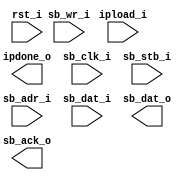
// Verilog netlist produced by program LSE 
// Netlist written on Tue Mar  8 12:19:27 2022
// Source file index table: 
// Object locations will have the form @<file_index>(<first_ line>[<left_column>],<last_line>[<right_column>])
// file 0 "c:/lscc/radiant/3.1/ip/common/adder/rtl/lscc_adder.v"
// file 1 "c:/lscc/radiant/3.1/ip/common/adder_subtractor/rtl/lscc_add_sub.v"
// file 2 "c:/lscc/radiant/3.1/ip/common/complex_mult/rtl/lscc_complex_mult.v"
// file 3 "c:/lscc/radiant/3.1/ip/common/counter/rtl/lscc_cntr.v"
// file 4 "c:/lscc/radiant/3.1/ip/common/fifo/rtl/lscc_fifo.v"
// file 5 "c:/lscc/radiant/3.1/ip/common/fifo_dc/rtl/lscc_fifo_dc.v"
// file 6 "c:/lscc/radiant/3.1/ip/common/mult_accumulate/rtl/lscc_mult_accumulate.v"
// file 7 "c:/lscc/radiant/3.1/ip/common/mult_add_sub/rtl/lscc_mult_add_sub.v"
// file 8 "c:/lscc/radiant/3.1/ip/common/mult_add_sub_sum/rtl/lscc_mult_add_sub_sum.v"
// file 9 "c:/lscc/radiant/3.1/ip/common/multiplier/rtl/lscc_multiplier.v"
// file 10 "c:/lscc/radiant/3.1/ip/common/ram_dp/rtl/lscc_ram_dp.v"
// file 11 "c:/lscc/radiant/3.1/ip/common/ram_dq/rtl/lscc_ram_dq.v"
// file 12 "c:/lscc/radiant/3.1/ip/common/rom/rtl/lscc_rom.v"
// file 13 "c:/lscc/radiant/3.1/ip/common/subtractor/rtl/lscc_subtractor.v"
// file 14 "c:/lscc/radiant/3.1/ip/pmi/pmi_add.v"
// file 15 "c:/lscc/radiant/3.1/ip/pmi/pmi_addsub.v"
// file 16 "c:/lscc/radiant/3.1/ip/pmi/pmi_complex_mult.v"
// file 17 "c:/lscc/radiant/3.1/ip/pmi/pmi_counter.v"
// file 18 "c:/lscc/radiant/3.1/ip/pmi/pmi_dsp.v"
// file 19 "c:/lscc/radiant/3.1/ip/pmi/pmi_fifo.v"
// file 20 "c:/lscc/radiant/3.1/ip/pmi/pmi_fifo_dc.v"
// file 21 "c:/lscc/radiant/3.1/ip/pmi/pmi_mac.v"
// file 22 "c:/lscc/radiant/3.1/ip/pmi/pmi_mult.v"
// file 23 "c:/lscc/radiant/3.1/ip/pmi/pmi_multaddsub.v"
// file 24 "c:/lscc/radiant/3.1/ip/pmi/pmi_multaddsubsum.v"
// file 25 "c:/lscc/radiant/3.1/ip/pmi/pmi_ram_dp.v"
// file 26 "c:/lscc/radiant/3.1/ip/pmi/pmi_ram_dp_be.v"
// file 27 "c:/lscc/radiant/3.1/ip/pmi/pmi_ram_dq.v"
// file 28 "c:/lscc/radiant/3.1/ip/pmi/pmi_ram_dq_be.v"
// file 29 "c:/lscc/radiant/3.1/ip/pmi/pmi_rom.v"
// file 30 "c:/lscc/radiant/3.1/ip/pmi/pmi_sub.v"
// file 31 "c:/lscc/radiant/3.1/cae_library/simulation/verilog/ice40up/ccu2_b.v"
// file 32 "c:/lscc/radiant/3.1/cae_library/simulation/verilog/ice40up/fd1p3bz.v"
// file 33 "c:/lscc/radiant/3.1/cae_library/simulation/verilog/ice40up/fd1p3dz.v"
// file 34 "c:/lscc/radiant/3.1/cae_library/simulation/verilog/ice40up/fd1p3iz.v"
// file 35 "c:/lscc/radiant/3.1/cae_library/simulation/verilog/ice40up/fd1p3jz.v"
// file 36 "c:/lscc/radiant/3.1/cae_library/simulation/verilog/ice40up/hsosc.v"
// file 37 "c:/lscc/radiant/3.1/cae_library/simulation/verilog/ice40up/hsosc1p8v.v"
// file 38 "c:/lscc/radiant/3.1/cae_library/simulation/verilog/ice40up/ib.v"
// file 39 "c:/lscc/radiant/3.1/cae_library/simulation/verilog/ice40up/ifd1p3az.v"
// file 40 "c:/lscc/radiant/3.1/cae_library/simulation/verilog/ice40up/lsosc.v"
// file 41 "c:/lscc/radiant/3.1/cae_library/simulation/verilog/ice40up/lsosc1p8v.v"
// file 42 "c:/lscc/radiant/3.1/cae_library/simulation/verilog/ice40up/ob.v"
// file 43 "c:/lscc/radiant/3.1/cae_library/simulation/verilog/ice40up/obz_b.v"
// file 44 "c:/lscc/radiant/3.1/cae_library/simulation/verilog/ice40up/ofd1p3az.v"
// file 45 "c:/lscc/radiant/3.1/cae_library/simulation/verilog/ice40up/pdp4k.v"
// file 46 "c:/lscc/radiant/3.1/cae_library/simulation/verilog/ice40up/rgb.v"
// file 47 "c:/lscc/radiant/3.1/cae_library/simulation/verilog/ice40up/rgb1p8v.v"
// file 48 "c:/lscc/radiant/3.1/cae_library/simulation/verilog/ice40up/sp256k.v"
// file 49 "c:/lscc/radiant/3.1/cae_library/simulation/verilog/ice40up/legacy.v"

//
// Verilog Description of module my_osc
//

module my_osc (rst_i, ipload_i, ipdone_o, sb_clk_i, sb_wr_i, sb_stb_i, 
            sb_adr_i, sb_dat_i, sb_dat_o, sb_ack_o);
    input rst_i;
    input ipload_i;
    output ipdone_o;
    input sb_clk_i;
    input sb_wr_i;
    input sb_stb_i;
    input [7:0]sb_adr_i;
    input [7:0]sb_dat_i;
    output [7:0]sb_dat_o;
    output sb_ack_o;
    
    
    
endmodule